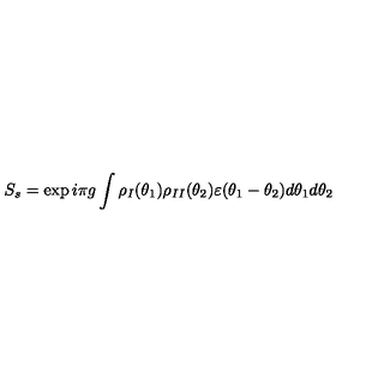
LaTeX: S _ { s } = \exp i \pi g \int \rho _ { I } ( \theta _ { 1 } ) \rho _ { I I } ( \theta _ { 2 } ) \varepsilon ( \theta _ { 1 } - \theta _ { 2 } ) d \theta _ { 1 } d \theta _ { 2 }